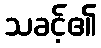
သခင့်၏